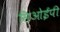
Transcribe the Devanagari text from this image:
सिओईपी